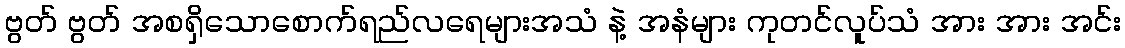
ဗွတ် ဗွတ် အစရှိသောစောက်ရည်လရေများအသံ နဲ့ အနံများ ကုတင်လူပ်သံ အား အား အင်း